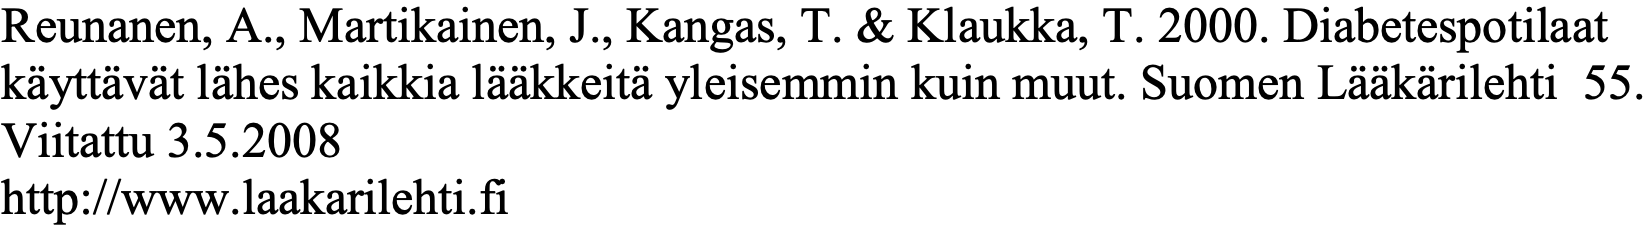
Reunanen, A., Martikainen, J., Kangas, T. & Klaukka, T. 2000. Diabetespotilaat käyttävät lähes kaikkia lääkkeitä yleisemmin kuin muut. Suomen Lääkärilehti 55. Viitattu 3.5.2008 http://www.laakarilehti.fi